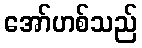
အော်ဟစ်သည်